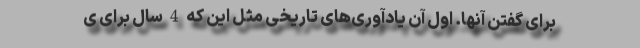
برای گفتن آنها. اول آن یادآوری‌های تاریخی مثل این که 4 سال برای ی